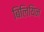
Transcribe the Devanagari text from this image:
बिलियिन